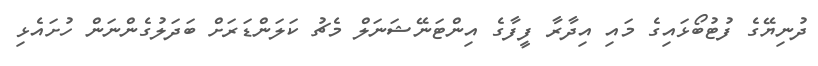
ދުނިޔޭގެ ފުޓުބޯޅައިގެ މައި އިދާރާ ފީފާގެ އިންޓަނޭޝަނަލް މެޗު ކަލަންޑަރަށް ބަދަލުގެންނަން ހުށައެޅި